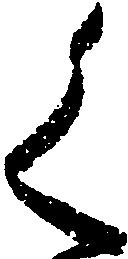
く